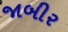
જાબીર